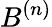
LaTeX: B^{(n)}